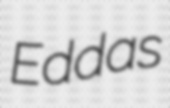
Eddas